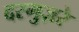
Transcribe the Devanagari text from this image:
दरगुज़रे